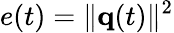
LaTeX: e(t)=\| {\mathbf q}(t)\| ^{2}